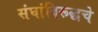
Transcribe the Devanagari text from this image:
संघांविरूद्धचे